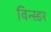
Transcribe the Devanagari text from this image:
विन्स्डर